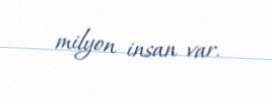
milyon insan var.